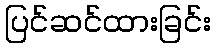
ပြင်ဆင်ထားခြင်း